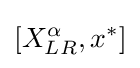
[X_{LR}^{\alpha },x^{*}]